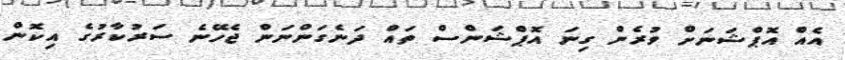
އެއް އޮޕްޝަނަށް ވުރެން ގިނަ އޮޕްޝަންސް ތައް ދަނެގަންނަން ޖެހޭނެ ސަރުކާރުގެ އިކޮން